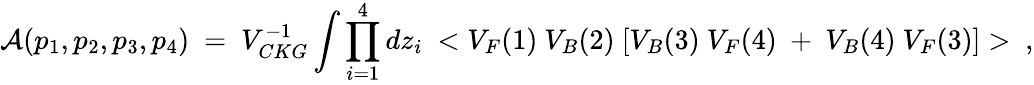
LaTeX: {\cal A}(p_{1},p_{2},p_{3},p_{4})~=~V_{CKG}^{-1}\int\prod_{i=1}^{4}dz_{i}~<{V_{F}(1)~V_{B}(2)~[V_{B}(3)~V_{F}(4)~+~V_{B}(4)~V_{F}(3)]}>~,